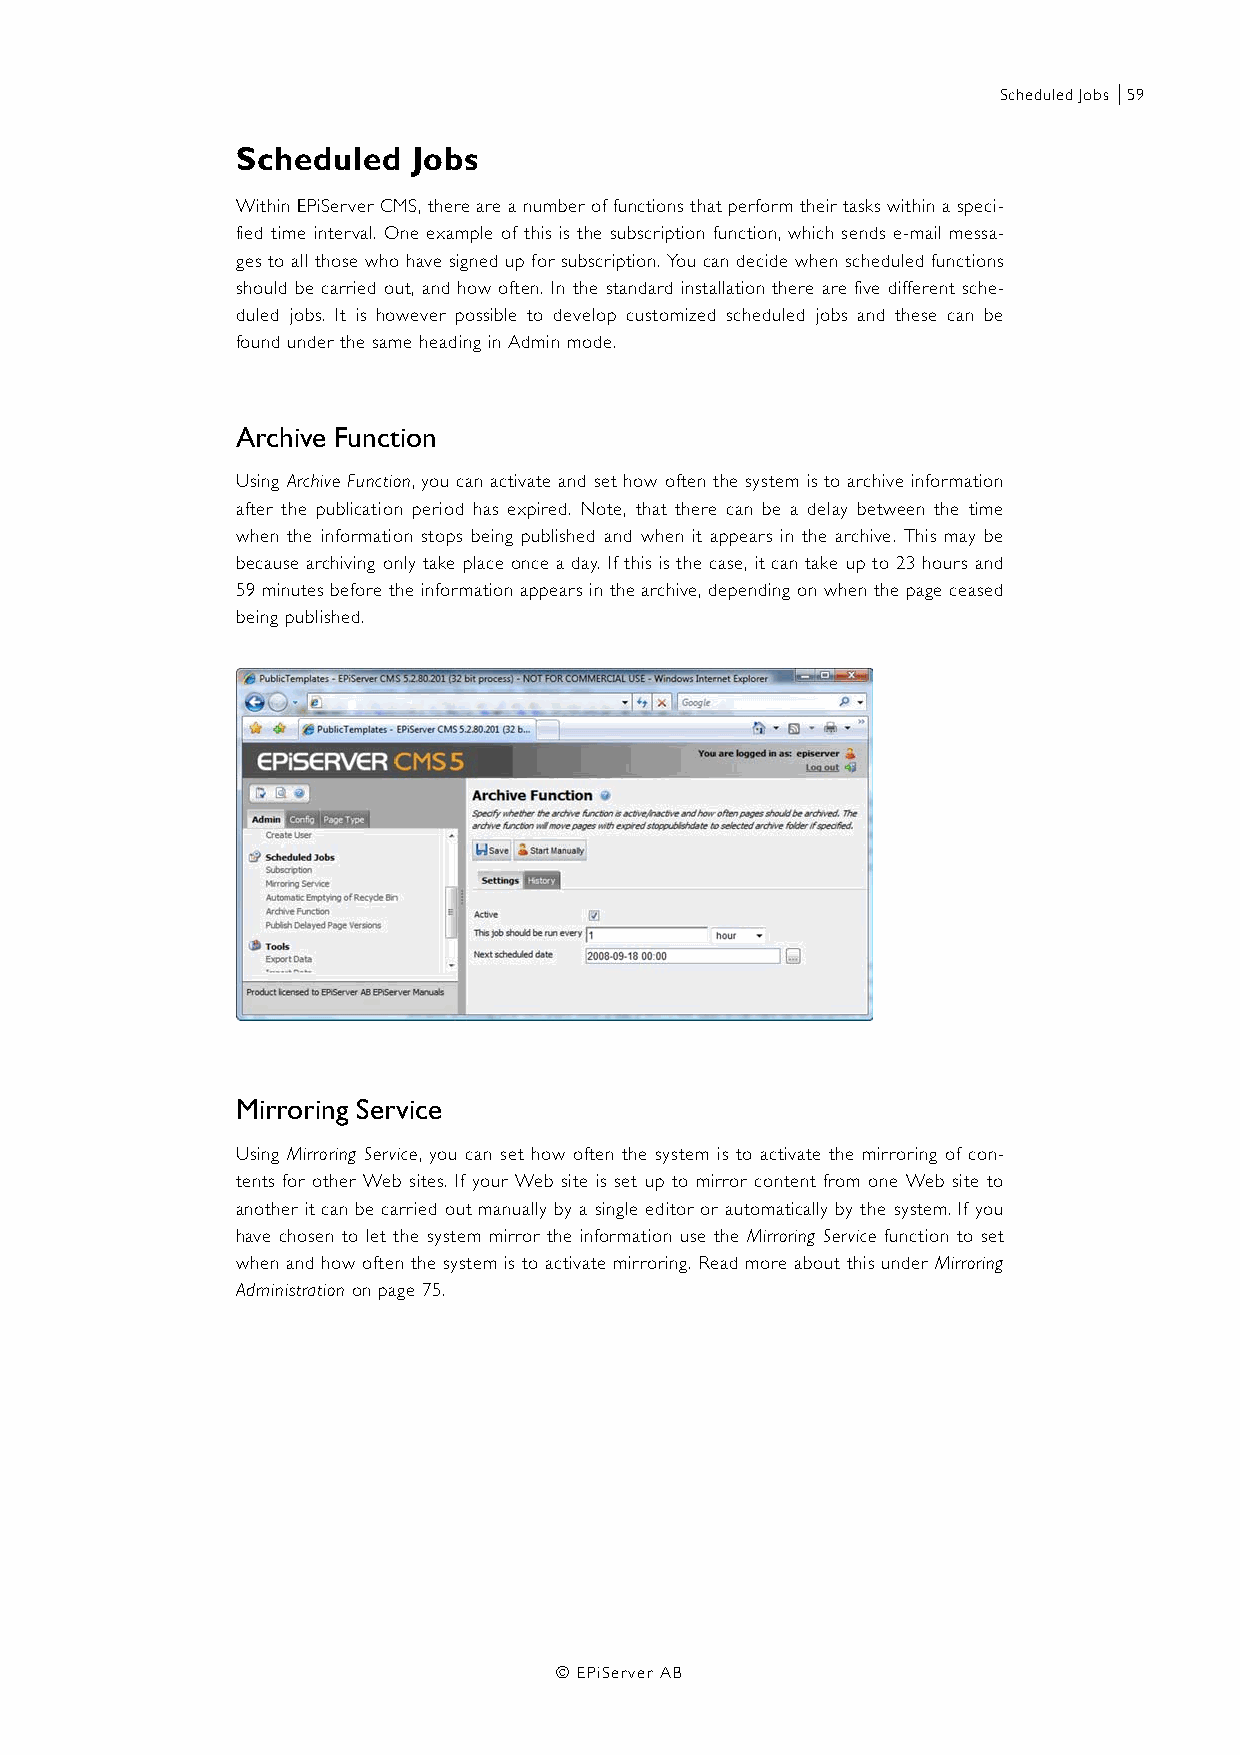
Scheduled Jobs |59
 Scheduled  Jobs
 Within EPiServer CMS, there are a number of functions that perform their tasks within a speci-
 fied time interval. One example of this is the subscription function, which sends e-mail messa-
 ges to all those who have signed up for subscription. You can decide when scheduled functions
 should be carried out, and how often. In the standard installation there are five different sche-
 duled jobs. It is however possible to develop customized scheduled jobs and these can be
 found under the same heading in Admin mode.
 Archive Function
 Using Archive Function, you can activate and set how often the system is to archive information
 after the publication period has expired. Note, that there can be a delay between the time
 when the information stops being published and when it appears in the archive. This may be
 because archiving only take place once a day. If this is the case, it can take up to 23 hours and
 59 minutes before the information appears in the archive, depending on when the page ceased
 being published.
 Mirroring Service
 Using Mirroring Service, you can set how often the system is to activate the mirroring of con-
 tents for other Web sites. If your Web site is set up to mirror content from one Web site to
 another it can be carried out manually by a single editor or automatically by the system. If you
 have chosen to let the system mirror the information use the Mirroring Service function to set
 when and how often the system is to activate mirroring. Read more about this under Mirroring
 Administration on page 75.
 © EPiServer AB